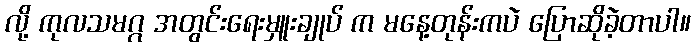
လို့ ကုလသမဂ္ဂ အတွင်းရေးမှူးချုပ် က မနေ့တုန်းကပဲ ပြောဆိုခဲ့တာပါ။